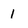
Character: 1